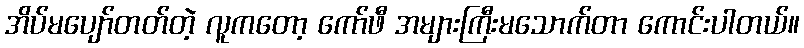
အိပ်မပျော်တတ်တဲ့ လူကတော့ ကော်ဖီ အများကြီးမသောက်တာ ကောင်းပါတယ်။